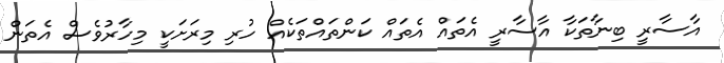
އާސާރީ ބިނާތަކާ އާސާރީ އެތައް އެތައް ކަންތައްތަކެއް ހުރި މިރަށަކީ މިހާރުވެސް އެތަން